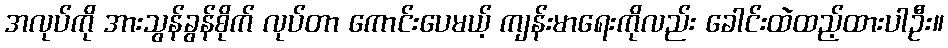
အလုပ်ကို အားသွန်ခွန်စိုက် လုပ်တာ ကောင်းပေမယ့် ကျန်းမာရေးကိုလည်း ခေါင်းထဲထည့်ထားပါဦး။